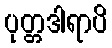
ပုတ္တဒါရာပိ